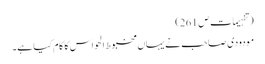
(تفہیمات ص 261 )
مودودی صاحب نے یہاں مخبوط الحواس کا کام کیا ہے۔